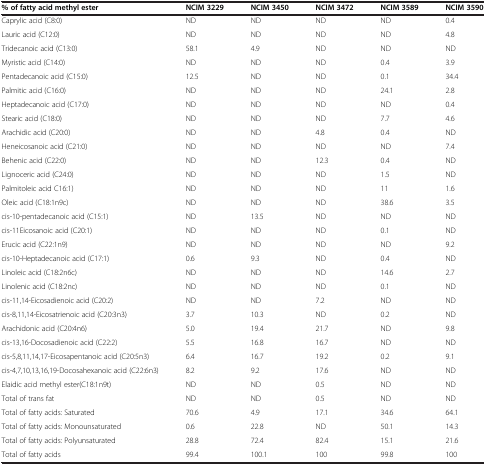
<table><thead><tr><td><b>% of fatty acid methyl ester</b></td><td><b>NCIM 3229</b></td><td><b>NCIM 3450</b></td><td><b>NCIM 3472</b></td><td><b>NCIM 3589</b></td><td><b>NCIM 3590</b></td></tr></thead><tbody><tr><td>Caprylic acid (C8:0)</td><td>ND</td><td>ND</td><td>ND</td><td>ND</td><td>0.4</td></tr><tr><td>Lauric acid (C12:0)</td><td>ND</td><td>ND</td><td>ND</td><td>ND</td><td>4.8</td></tr><tr><td>Tridecanoic acid (C13:0)</td><td>58.1</td><td>4.9</td><td>ND</td><td>ND</td><td>ND</td></tr><tr><td>Myristic acid (C14:0)</td><td>ND</td><td>ND</td><td>ND</td><td>0.4</td><td>3.9</td></tr><tr><td>Pentadecanoic acid (C15:0)</td><td>12.5</td><td>ND</td><td>ND</td><td>0.1</td><td>34.4</td></tr><tr><td>Palmitic acid (C16:0)</td><td>ND</td><td>ND</td><td>ND</td><td>24.1</td><td>2.8</td></tr><tr><td>Heptadecanoic acid (C17:0)</td><td>ND</td><td>ND</td><td>ND</td><td>ND</td><td>0.4</td></tr><tr><td>Stearic acid (C18:0)</td><td>ND</td><td>ND</td><td>ND</td><td>7.7</td><td>4.6</td></tr><tr><td>Arachidic acid (C20:0)</td><td>ND</td><td>ND</td><td>4.8</td><td>0.4</td><td>ND</td></tr><tr><td>Heneicosanoic acid (C21:0)</td><td>ND</td><td>ND</td><td>ND</td><td>ND</td><td>7.4</td></tr><tr><td>Behenic acid (C22:0)</td><td>ND</td><td>ND</td><td>12.3</td><td>0.4</td><td>ND</td></tr><tr><td>Lignoceric acid (C24:0)</td><td>ND</td><td>ND</td><td>ND</td><td>1.5</td><td>ND</td></tr><tr><td>Palmitoleic acid C16:1)</td><td>ND</td><td>ND</td><td>ND</td><td>11</td><td>1.6</td></tr><tr><td>Oleic acid (C18:1n9c)</td><td>ND</td><td>ND</td><td>ND</td><td>38.6</td><td>3.5</td></tr><tr><td>cis-10-pentadecanoic acid (C15:1)</td><td>ND</td><td>13.5</td><td>ND</td><td>ND</td><td>ND</td></tr><tr><td>cis-11Eicosanoic acid (C20:1)</td><td>ND</td><td>ND</td><td>ND</td><td>0.1</td><td>ND</td></tr><tr><td>Erucic acid (C22:1n9)</td><td>ND</td><td>ND</td><td>ND</td><td>ND</td><td>9.2</td></tr><tr><td>cis-10-Heptadecanoic acid (C17:1)</td><td>0.6</td><td>9.3</td><td>ND</td><td>0.4</td><td>ND</td></tr><tr><td>Linoleic acid (C18:2n6c)</td><td>ND</td><td>ND</td><td>ND</td><td>14.6</td><td>2.7</td></tr><tr><td>Linolenic acid (C18:2nc)</td><td>ND</td><td>ND</td><td>ND</td><td>0.1</td><td>ND</td></tr><tr><td>cis-11,14-Eicosadienoic acid (C20:2)</td><td>ND</td><td>ND</td><td>7.2</td><td>ND</td><td>ND</td></tr><tr><td>cis-8,11,14-Eicosatrienoic acid (C20:3n3)</td><td>3.7</td><td>10.3</td><td>ND</td><td>0.2</td><td>ND</td></tr><tr><td>Arachidonic acid (C20:4n6)</td><td>5.0</td><td>19.4</td><td>21.7</td><td>ND</td><td>9.8</td></tr><tr><td>cis-13,16-Docosadienoic acid (C22:2)</td><td>5.5</td><td>16.8</td><td>16.7</td><td>ND</td><td>ND</td></tr><tr><td>cis-5,8,11,14,17-Eicosapentanoic acid (C20:5n3)</td><td>6.4</td><td>16.7</td><td>19.2</td><td>0.2</td><td>9.1</td></tr><tr><td>cis-4,7,10,13,16,19-Docosahexanoic acid (C22:6n3)</td><td>8.2</td><td>9.2</td><td>17.6</td><td>ND</td><td>ND</td></tr><tr><td>Elaidic acid methyl ester(C18:1n9t)</td><td>ND</td><td>ND</td><td>0.5</td><td>ND</td><td>ND</td></tr><tr><td>Total of trans fat</td><td>ND</td><td>ND</td><td>0.5</td><td>ND</td><td>ND</td></tr><tr><td>Total of fatty acids: Saturated</td><td>70.6</td><td>4.9</td><td>17.1</td><td>34.6</td><td>64.1</td></tr><tr><td>Total of fatty acids: Monounsaturated</td><td>0.6</td><td>22.8</td><td>ND</td><td>50.1</td><td>14.3</td></tr><tr><td>Total of fatty acids: Polyunsaturated</td><td>28.8</td><td>72.4</td><td>82.4</td><td>15.1</td><td>21.6</td></tr><tr><td>Total of fatty acids</td><td>99.4</td><td>100.1</td><td>100</td><td>99.8</td><td>100</td></tr></tbody></table>